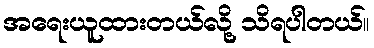
အရေးယူထားတယ်လို့ သိရပါတယ်။